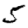
Digit: 5